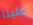
علينا